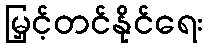
မြှင့်တင်နိုင်ရေး